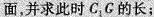
面，并求此时C_{1}G的长；